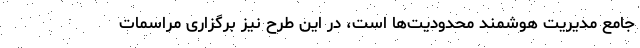
جامع مدیریت هوشمند محدودیت‌ها است، در این طرح نیز برگزاری مراسمات